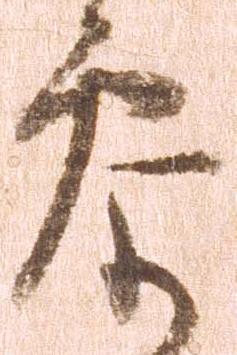
参